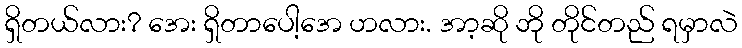
ရှိတယ်လား? အေး ရှိတာပေါ့အေ ဟလား. အာ့ဆို ဘို တိုင်တည် ရမှာလဲ